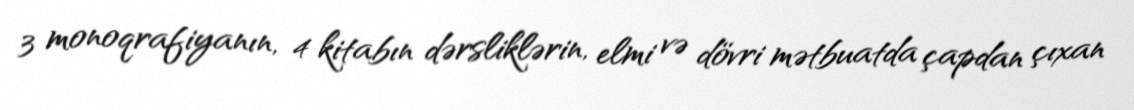
3 monoqrafiyanın, 4 kitabın dərsliklərin, elmi və dövri mətbuatda çapdan çıxan